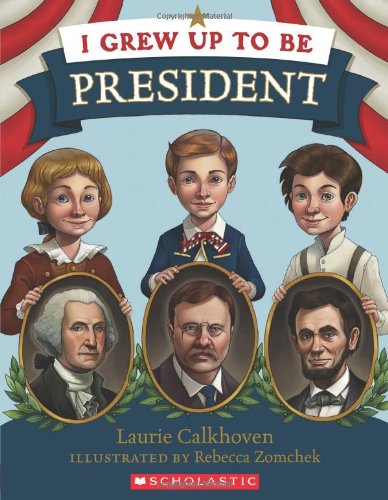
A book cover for I Grew Up to Be President; Laurie Calkhoven; Reference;